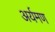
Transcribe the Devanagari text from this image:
अर्यमण